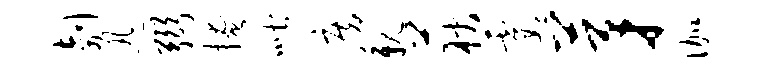
剞迅弼掩喈房亲荻霞茅伽